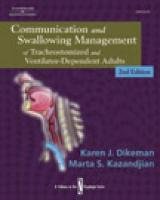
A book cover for Communication and Swallowing Management of Tracheostomized and Ventilator Dependent Adults (Dysphagia Series); Karen J. Dikeman; Medical Books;